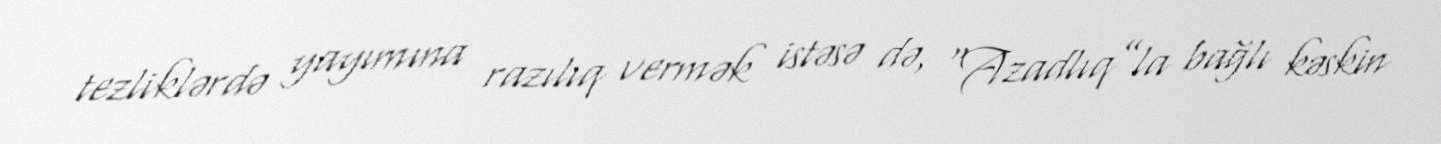
tezliklərdə yayımına razılıq vermək istəsə də, “Azadlıq”la bağlı kəskin